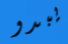
يبدو